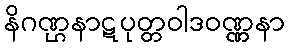
နိဂဏ္ဌနာဋပုတ္တဝါဒဝဏ္ဏနာ